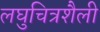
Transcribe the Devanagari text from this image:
लघुचित्रशैली